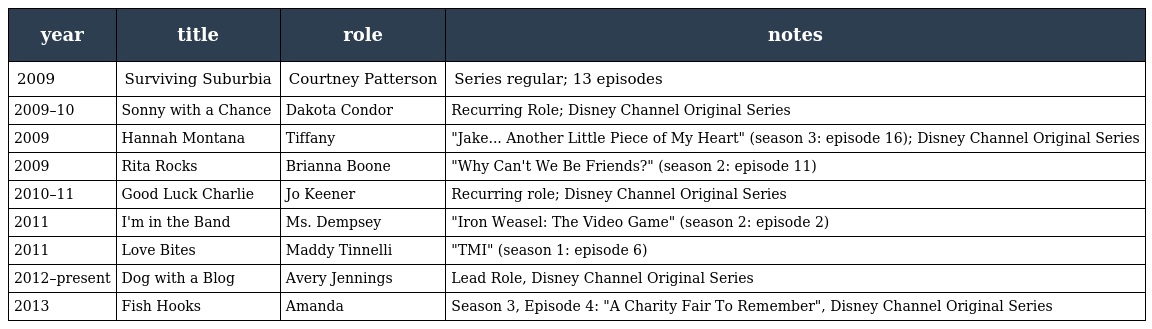
| year | title | role | notes |
 | --- | --- | --- | --- |
 | 2009 | Surviving Suburbia | Courtney Patterson | Series regular; 13 episodes |
 | 2009–10 | Sonny with a Chance | Dakota Condor | Recurring Role; Disney Channel Original Series |
 | 2009 | Hannah Montana | Tiffany | "Jake... Another Little Piece of My Heart" (season 3: episode 16); Disney Channel Original Series |
 | 2009 | Rita Rocks | Brianna Boone | "Why Can't We Be Friends?" (season 2: episode 11) |
 | 2010–11 | Good Luck Charlie | Jo Keener | Recurring role; Disney Channel Original Series |
 | 2011 | I'm in the Band | Ms. Dempsey | "Iron Weasel: The Video Game" (season 2: episode 2) |
 | 2011 | Love Bites | Maddy Tinnelli | "TMI" (season 1: episode 6) |
 | 2012–present | Dog with a Blog | Avery Jennings | Lead Role, Disney Channel Original Series |
 | 2013 | Fish Hooks | Amanda | Season 3, Episode 4: "A Charity Fair To Remember", Disney Channel Original Series |